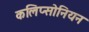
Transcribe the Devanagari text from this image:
कलिप्सोनियन